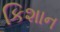
કિશાન